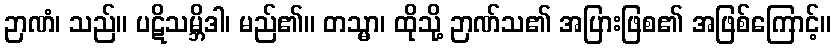
ဉာဏံ၊ သည်။ ပဋိသမ္ဘိဒါ၊ မည်၏။ တသ္မာ၊ ထိုသို့ ဉာဏ်သ၏ အပြားဖြစ၏ အဖြစ်ကြောင့်။